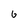
Character: 6